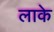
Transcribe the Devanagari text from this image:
लाके